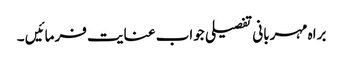
براہ مہربانی تفصیلی جواب عنایت فرمائیں ۔